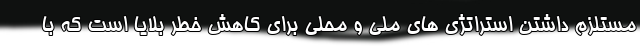
مستلزم داشتن استراتژی های ملی و محلی برای کاهش خطر بلایا است که با